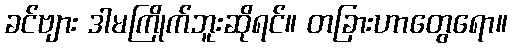
ခင်ဗျား ဒါမကြိုက်ဘူးဆိုရင်။ တခြားဟာတွေရော။